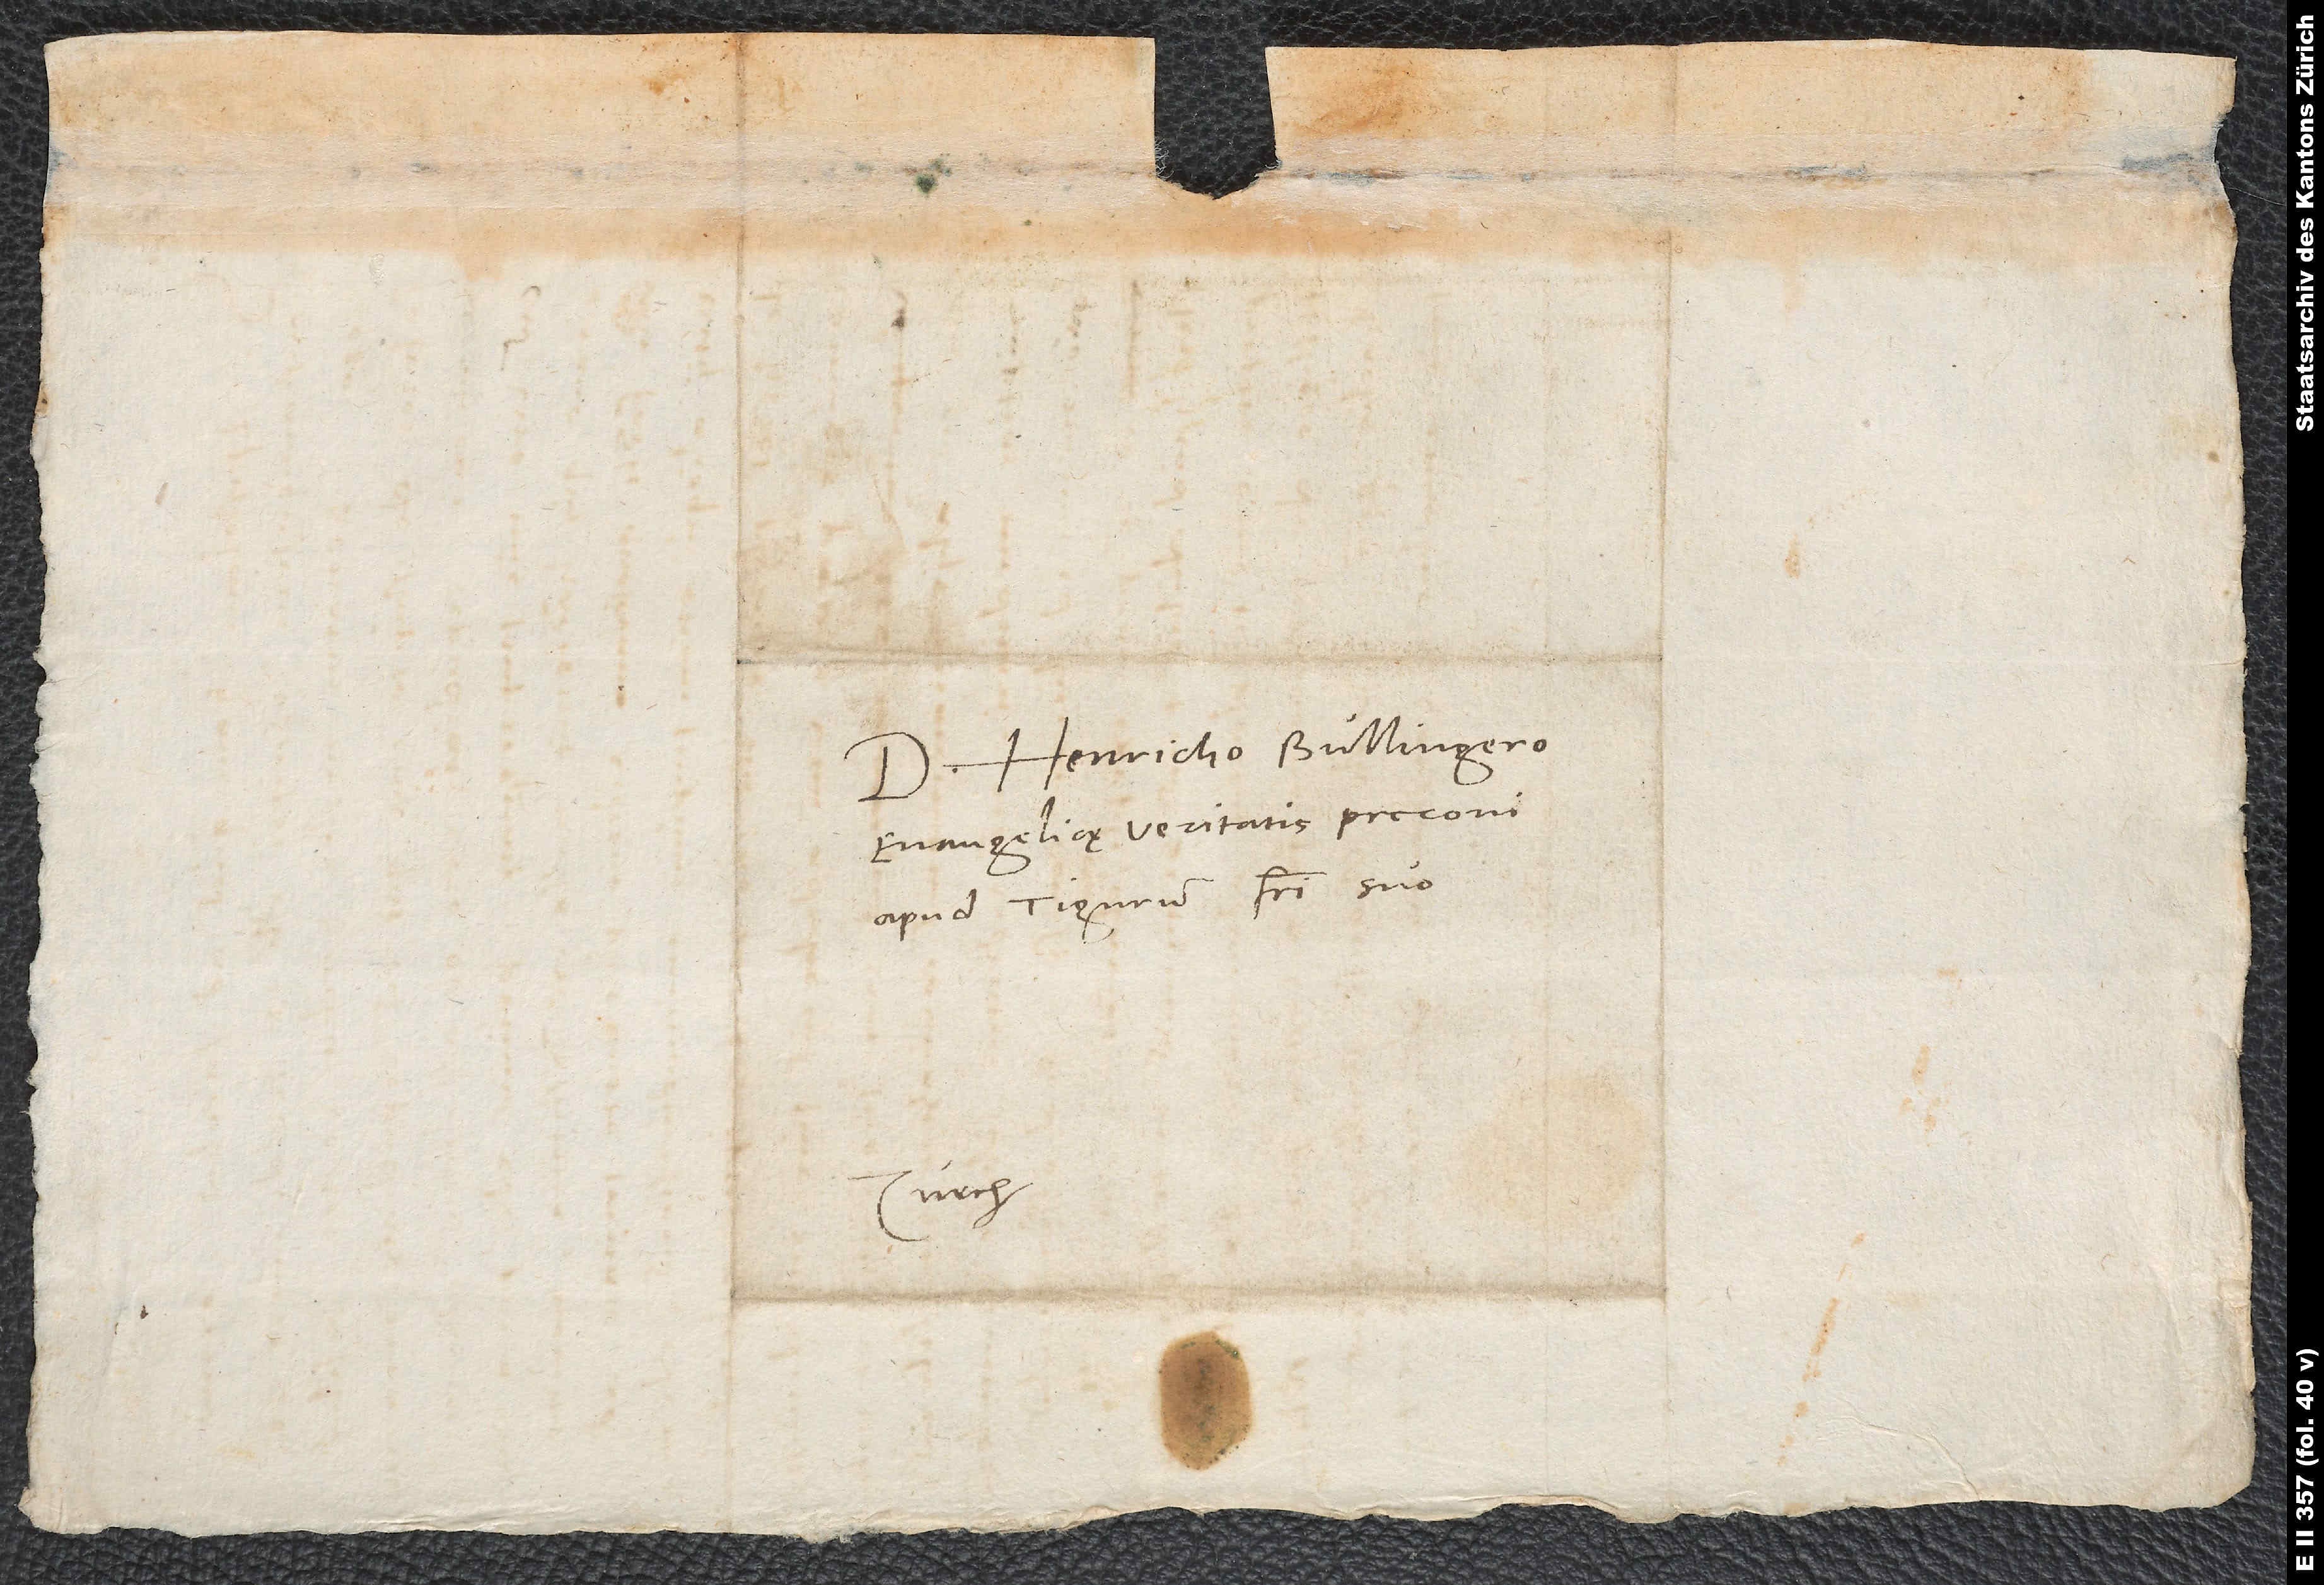
Domino Henricho Bullingero,
evangelicę veritatis preconi
apud Tigurum, fratri suo.
Zurch.